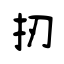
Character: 扨